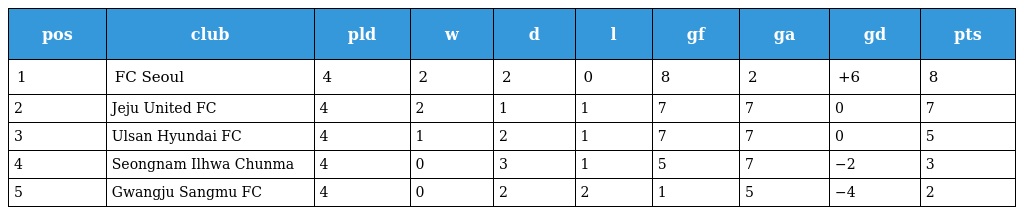
| pos | club | pld | w | d | l | gf | ga | gd | pts |
 | --- | --- | --- | --- | --- | --- | --- | --- | --- | --- |
 | 1 | FC Seoul | 4 | 2 | 2 | 0 | 8 | 2 | +6 | 8 |
 | 2 | Jeju United FC | 4 | 2 | 1 | 1 | 7 | 7 | 0 | 7 |
 | 3 | Ulsan Hyundai FC | 4 | 1 | 2 | 1 | 7 | 7 | 0 | 5 |
 | 4 | Seongnam Ilhwa Chunma | 4 | 0 | 3 | 1 | 5 | 7 | −2 | 3 |
 | 5 | Gwangju Sangmu FC | 4 | 0 | 2 | 2 | 1 | 5 | −4 | 2 |